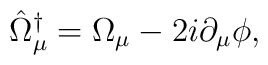
\hat{\Omega}^{\dagger}_{\mu}=\Omega_{\mu}-2i\partial_{\mu}\phi,